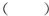
( )